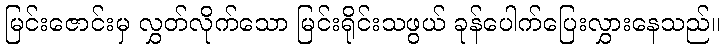
မြင်းဇောင်းမှ လွှတ်လိုက်သော မြင်းရိုင်းသဖွယ် ခုန်ပေါက်ပြေးလွှားနေသည်။